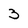
Character: 3